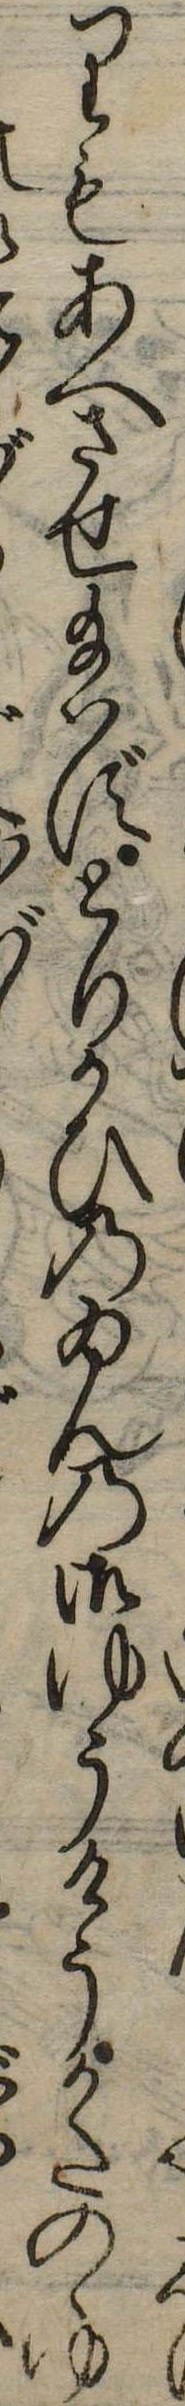
りもあへさせ給はずとりかひのゐんの御ゆうけうかたのゝゆ